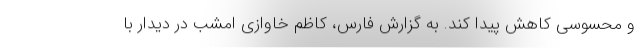
و محسوسی کاهش پیدا کند. به گزارش فارس، کاظم خاوازی امشب در دیدار با